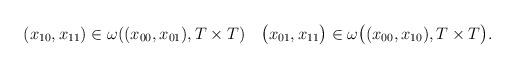
LaTeX: \begin{align*}\begin{gathered}(x_{10},x_{11}) \in \omega((x_{00},x_{01}),T \times T)\quad\bigl(x_{01},x_{11}\bigr) \in \omega\bigl((x_{00},x_{10}),T \times T\bigr).\end{gathered}\end{align*}